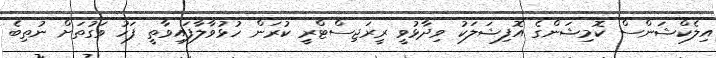
އިލެކްޝަންސް ކޮމިޝަންގެ އޮފިޝަލަކު ވިދާޅުވީ ރީރަޖިސްޓްރީ ކުރަން ހުޅުވާލާފައިވާތީ ފަހު ވަގުތަށް ނުތިބެ